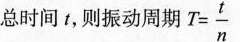
总时间 t ，则振动周期 $$T= \frac { t } {